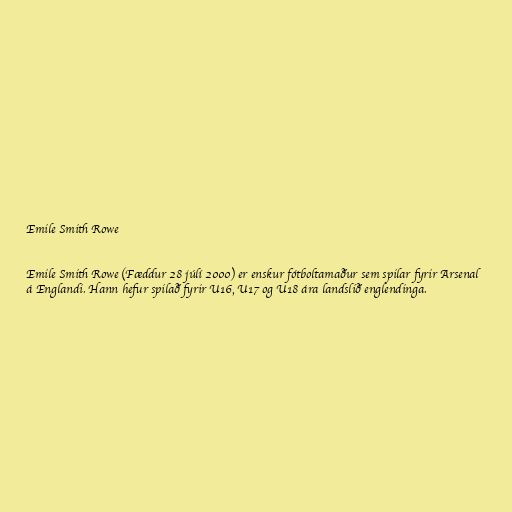
Emile Smith Rowe

Emile Smith Rowe (Fæddur 28 júlí 2000) er enskur fótboltamaður sem spilar fyrir Arsenal
á Englandi. Hann hefur spilað fyrir U16, U17 og U18 ára landslið englendinga.